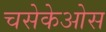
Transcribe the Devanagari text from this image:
चसेकेओस